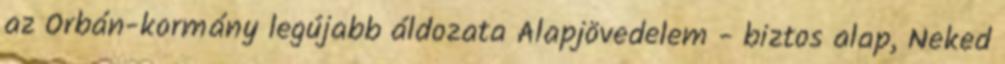
az Orbán-kormány legújabb áldozata Alapjövedelem - biztos alap, Neked